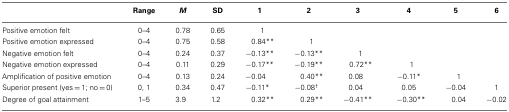
<table><thead><tr><td></td><td><b>Range</b></td><td><b><i>M</i></b></td><td><b>SD</b></td><td><b>1</b></td><td><b>2</b></td><td><b>3</b></td><td><b>4</b></td><td><b>5</b></td><td><b>6</b></td></tr></thead><tbody><tr><td>Positive emotion felt</td><td>0–4</td><td>0.78</td><td>0.65</td><td>1</td><td></td><td></td><td></td><td></td></tr><tr><td>Positive emotion expressed</td><td>0–4</td><td>0.75</td><td>0.58</td><td>0.84**</td><td>1</td><td></td><td></td><td></td></tr><tr><td>Negative emotion felt</td><td>0–4</td><td>0.24</td><td>0.37</td><td>−0.13**</td><td>−0.13**</td><td>1</td><td></td><td></td></tr><tr><td>Negative emotion expressed</td><td>0–4</td><td>0.11</td><td>0.29</td><td>−0.17**</td><td>−0.19**</td><td>0.72**</td><td>1</td><td></td></tr><tr><td>Amplification of positive emotion</td><td>0–4</td><td>0.13</td><td>0.24</td><td>−0.04</td><td>0.40**</td><td>0.08</td><td>−0.11*</td><td>1</td></tr><tr><td>Superior present (yes = 1; no = 0)</td><td>0, 1</td><td>0.34</td><td>0.47</td><td>−0.11*</td><td>−0.08<sup>†</sup></td><td>0.04</td><td>0.05</td><td>−0.04</td><td>1</td></tr><tr><td>Degree of goal attainment</td><td>1–5</td><td>3.9</td><td>1.2</td><td>0.32**</td><td>0.29**</td><td>−0.41**</td><td>−0.30**</td><td>0.04</td><td>−0.02</td></tr></tbody></table>